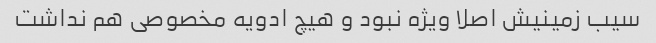
سیب زمینیش اصلا ویژه نبود و هیچ ادویه مخصوصی هم نداشت